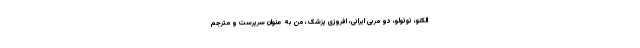
الکنو، توتولو، دو مربی ایرانی، افروزی پزشک، من به عنوان سرپرست و مترجم